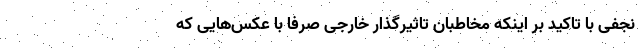
نجفی با تاکید بر اینکه مخاطبان تاثیرگذار خارجی صرفا با عکس‌هایی که